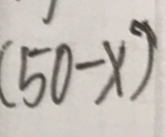
( 5 0 - x )